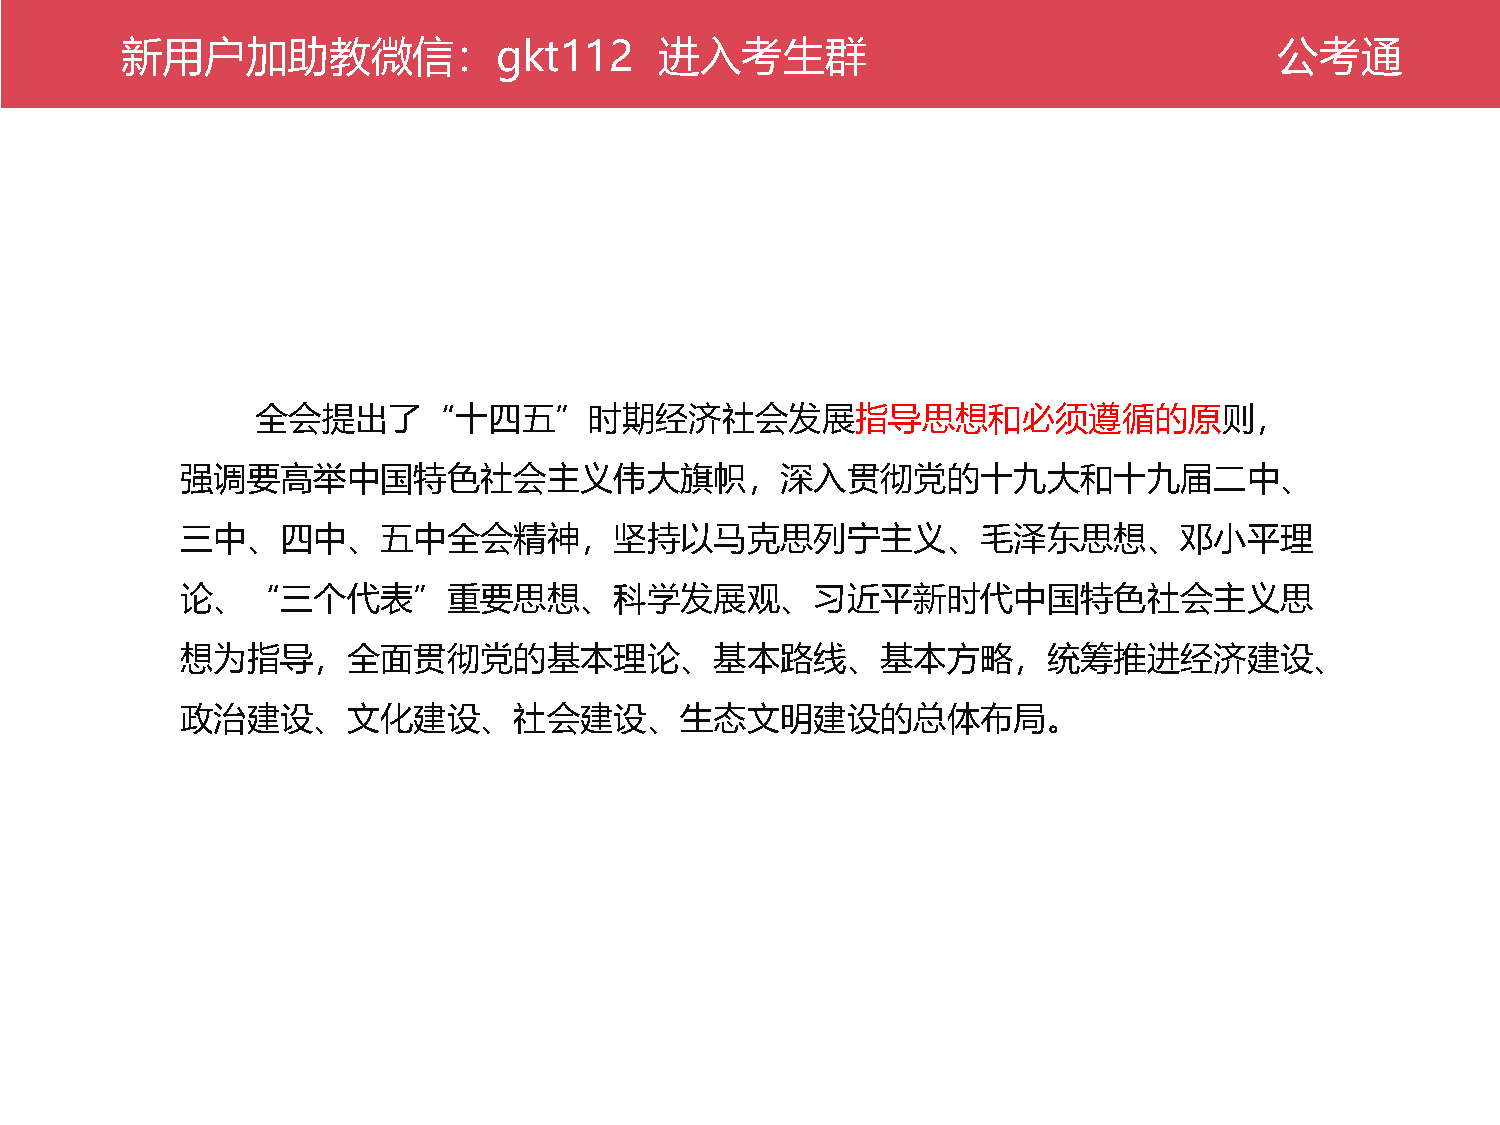
新公用考户通加助教微信：gkt112                  进入考生群                                    公考通
 全会提出了“十四五”时期经济社会发展指导思想和必须遵循的原则，
 强调要高举中国特色社会主义伟大旗帜，深入贯彻党的十九大和十九届二中、
 三中、四中、五中全会精神，坚持以马克思列宁主义、毛泽东思想、邓小平理
 论、“三个代表”重要思想、科学发展观、习近平新时代中国特色社会主义思
 想为指导，全面贯彻党的基本理论、基本路线、基本方略，统筹推进经济建设、
 政治建设、文化建设、社会建设、生态文明建设的总体布局。